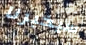
سيخبرنا